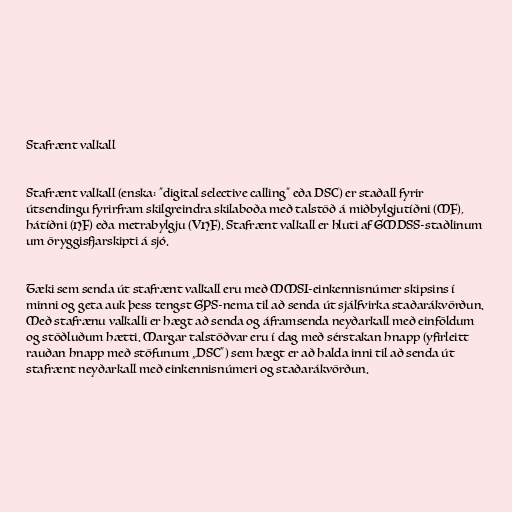
Stafrænt valkall

Stafrænt valkall (enska: "digital selective calling" eða DSC) er staðall fyrir
útsendingu fyrirfram skilgreindra skilaboða með talstöð á miðbylgjutíðni (MF),
hátíðni (HF) eða metrabylgju (VHF). Stafrænt valkall er hluti af GMDSS-staðlinum
um öryggisfjarskipti á sjó.

Tæki sem senda út stafrænt valkall eru með MMSI-einkennisnúmer skipsins í
minni og geta auk þess tengst GPS-nema til að senda út sjálfvirka staðarákvörðun.
Með stafrænu valkalli er hægt að senda og áframsenda neyðarkall með einföldum
og stöðluðum hætti. Margar talstöðvar eru í dag með sérstakan hnapp (yfirleitt
rauðan hnapp með stöfunum „DSC“) sem hægt er að halda inni til að senda út
stafrænt neyðarkall með einkennisnúmeri og staðarákvörðun.